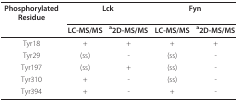
| Phosphorylated Residue | <COLSPAN=2> Lck | <COLSPAN=2> Fyn |
 |  | LC-MS/MS | a2D-MS/MS | LC-MS/MS | a2D-MS/MS |
 | --- | --- | --- | --- | --- |
 | Tyr18 | + | + | + | + |
 | Tyr29 | (ss) | - | (ss) | - |
 | Tyr197 | (ss) | + | (ss) | - |
 | Tyr310 | + | - | (ss) | - |
 | Tyr394 | + | - | + | - |